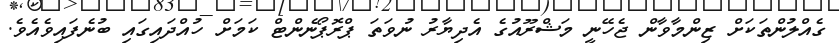
ގެއްލުންތަކަށް ޒިންމާވާން ޖެހޭނީ މަޝްރޫއުގެ އެދިޔާރު ނުވަތަ ޕްރޮޕޯނެންޓް ކަމަށް ހުއްދައިގައި ބުނެފައިވެއެވެ.